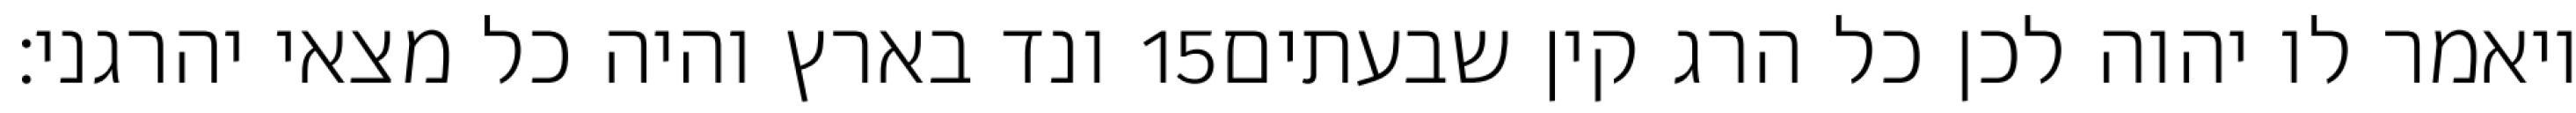
ונד בארץ והיה כל מצאי יהרגני׃ ‎15‏ ויאמר לו יהוה לכן כל הרג קין שבעתים